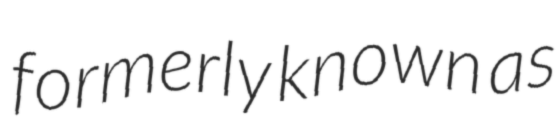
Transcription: formerly known as